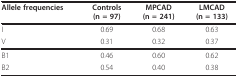
<table><thead><tr><td><b>Allele frequencies</b></td><td><b>Controls(n = 97)</b></td><td><b>MPCAD(n = 241)</b></td><td><b>LMCAD(n = 133)</b></td></tr></thead><tbody><tr><td>I</td><td>0.69</td><td>0.68</td><td>0.63</td></tr><tr><td>V</td><td>0.31</td><td>0.32</td><td>0.37</td></tr><tr><td>B1</td><td>0.46</td><td>0.60</td><td>0.62</td></tr><tr><td>B2</td><td>0.54</td><td>0.40</td><td>0.38</td></tr></tbody></table>